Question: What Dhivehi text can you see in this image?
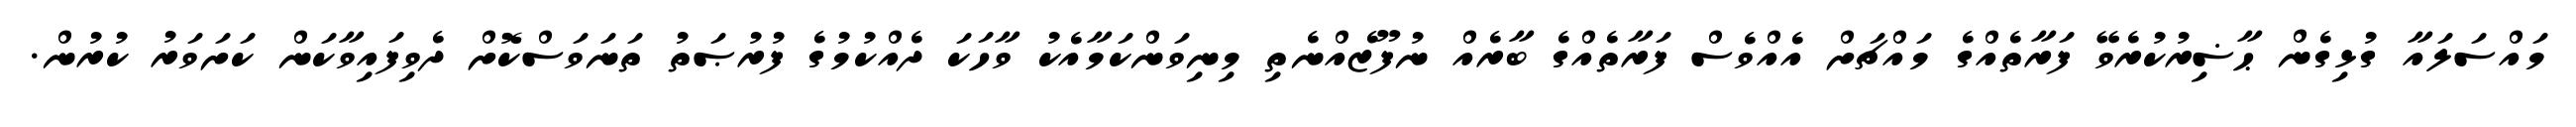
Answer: މައްސަލައާ ގުޅިގެން ޙާޟިރުކުރެވޭ ފަރާތެއްގެ މައްޗަށް އެއްވެސް ފަރާތެއްގެ ބާރެއް ނުފޫޒެއްނެތި މިނިވަންކަމާއެކު ވާހަކަ ދެއްކުމުގެ ފުރުޞަތު ތަނަވަސްކޮށް ދެވިފައިވާކަން ކަށަވަރު ކުރުން.